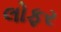
લોફર